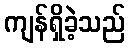
ကျန်ရှိခဲ့သည်